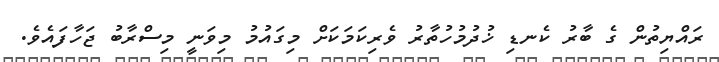
ރައްޔިތުން ގެ ބާރު ކެނޑި ޚުދުމުހުތާރު ވެރިކަމަކަށް މިގައުމު މިވަނީ މިސްރާބު ޖަހާފައެވެ.